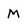
Character: M